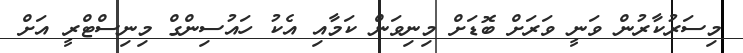
މިސަރުކާރުން ވަނީ ވަރަށް ބޮޑަށް މިނިވަން ކަމާއި އެކު ހައުސިންގް މިނިސްޓްރީ އަށް